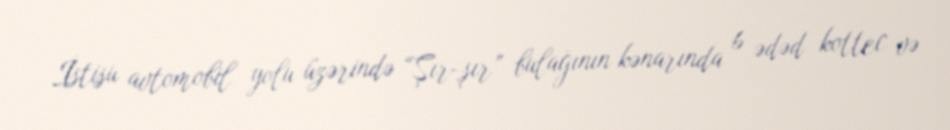
İstisu avtomobil yolu üzərində “Şır-şır” bulağının kənarında 6 ədəd kottec və